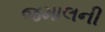
જમાલની